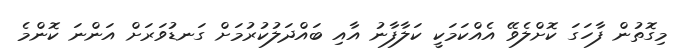
މިގޮތުން ފާހަގަ ކޮށްލެވޭ އެއްކަމަކީ ކަލާފާނު އާއި ބައްދަލުކުރުމަށް ގަނޑުވަރަށް އަންނަ ކޮންމެ